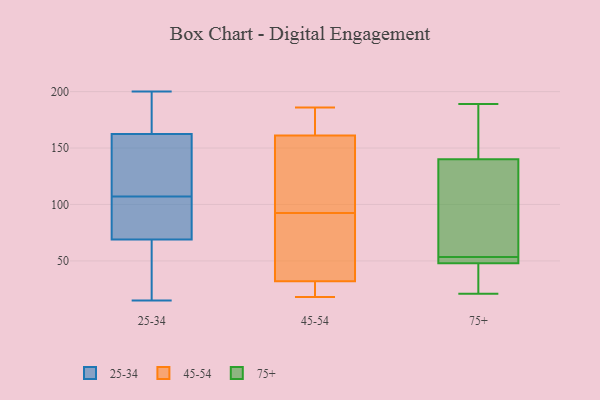
{"axis": {"x": "Satisfaction Score", "y": "Value"}, "legend": ["25-34", "45-54", "75+"], "data": [{"x": "", "y": 123, "type": "25-34"}, {"x": "", "y": 66, "type": "25-34"}, {"x": "", "y": 79, "type": "25-34"}, {"x": "", "y": 18, "type": "25-34"}, {"x": "", "y": 163, "type": "25-34"}, {"x": "", "y": 194, "type": "25-34"}, {"x": "", "y": 200, "type": "25-34"}, {"x": "", "y": 165, "type": "25-34"}, {"x": "", "y": 142, "type": "25-34"}, {"x": "", "y": 162, "type": "25-34"}, {"x": "", "y": 87, "type": "25-34"}, {"x": "", "y": 52, "type": "25-34"}, {"x": "", "y": 114, "type": "25-34"}, {"x": "", "y": 72, "type": "25-34"}, {"x": "", "y": 100, "type": "25-34"}, {"x": "", "y": 163, "type": "25-34"}, {"x": "", "y": 25, "type": "25-34"}, {"x": "", "y": 120, "type": "25-34"}, {"x": "", "y": 15, "type": "25-34"}, {"x": "", "y": 78, "type": "25-34"}, {"x": "", "y": 41, "type": "45-54"}, {"x": "", "y": 131, "type": "45-54"}, {"x": "", "y": 174, "type": "45-54"}, {"x": "", "y": 64, "type": "45-54"}, {"x": "", "y": 186, "type": "45-54"}, {"x": "", "y": 23, "type": "45-54"}, {"x": "", "y": 72, "type": "45-54"}, {"x": "", "y": 161, "type": "45-54"}, {"x": "", "y": 18, "type": "45-54"}, {"x": "", "y": 32, "type": "45-54"}, {"x": "", "y": 135, "type": "45-54"}, {"x": "", "y": 37, "type": "45-54"}, {"x": "", "y": 23, "type": "45-54"}, {"x": "", "y": 152, "type": "45-54"}, {"x": "", "y": 113, "type": "45-54"}, {"x": "", "y": 165, "type": "45-54"}, {"x": "", "y": 168, "type": "45-54"}, {"x": "", "y": 27, "type": "45-54"}, {"x": "", "y": 125, "type": "75+"}, {"x": "", "y": 33, "type": "75+"}, {"x": "", "y": 41, "type": "75+"}, {"x": "", "y": 51, "type": "75+"}, {"x": "", "y": 140, "type": "75+"}, {"x": "", "y": 51, "type": "75+"}, {"x": "", "y": 21, "type": "75+"}, {"x": "", "y": 56, "type": "75+"}, {"x": "", "y": 171, "type": "75+"}, {"x": "", "y": 48, "type": "75+"}, {"x": "", "y": 181, "type": "75+"}, {"x": "", "y": 82, "type": "75+"}, {"x": "", "y": 50, "type": "75+"}, {"x": "", "y": 50, "type": "75+"}, {"x": "", "y": 45, "type": "75+"}, {"x": "", "y": 142, "type": "75+"}, {"x": "", "y": 92, "type": "75+"}, {"x": "", "y": 189, "type": "75+"}]}